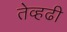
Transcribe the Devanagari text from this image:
तेव्हढी